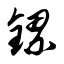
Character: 镙